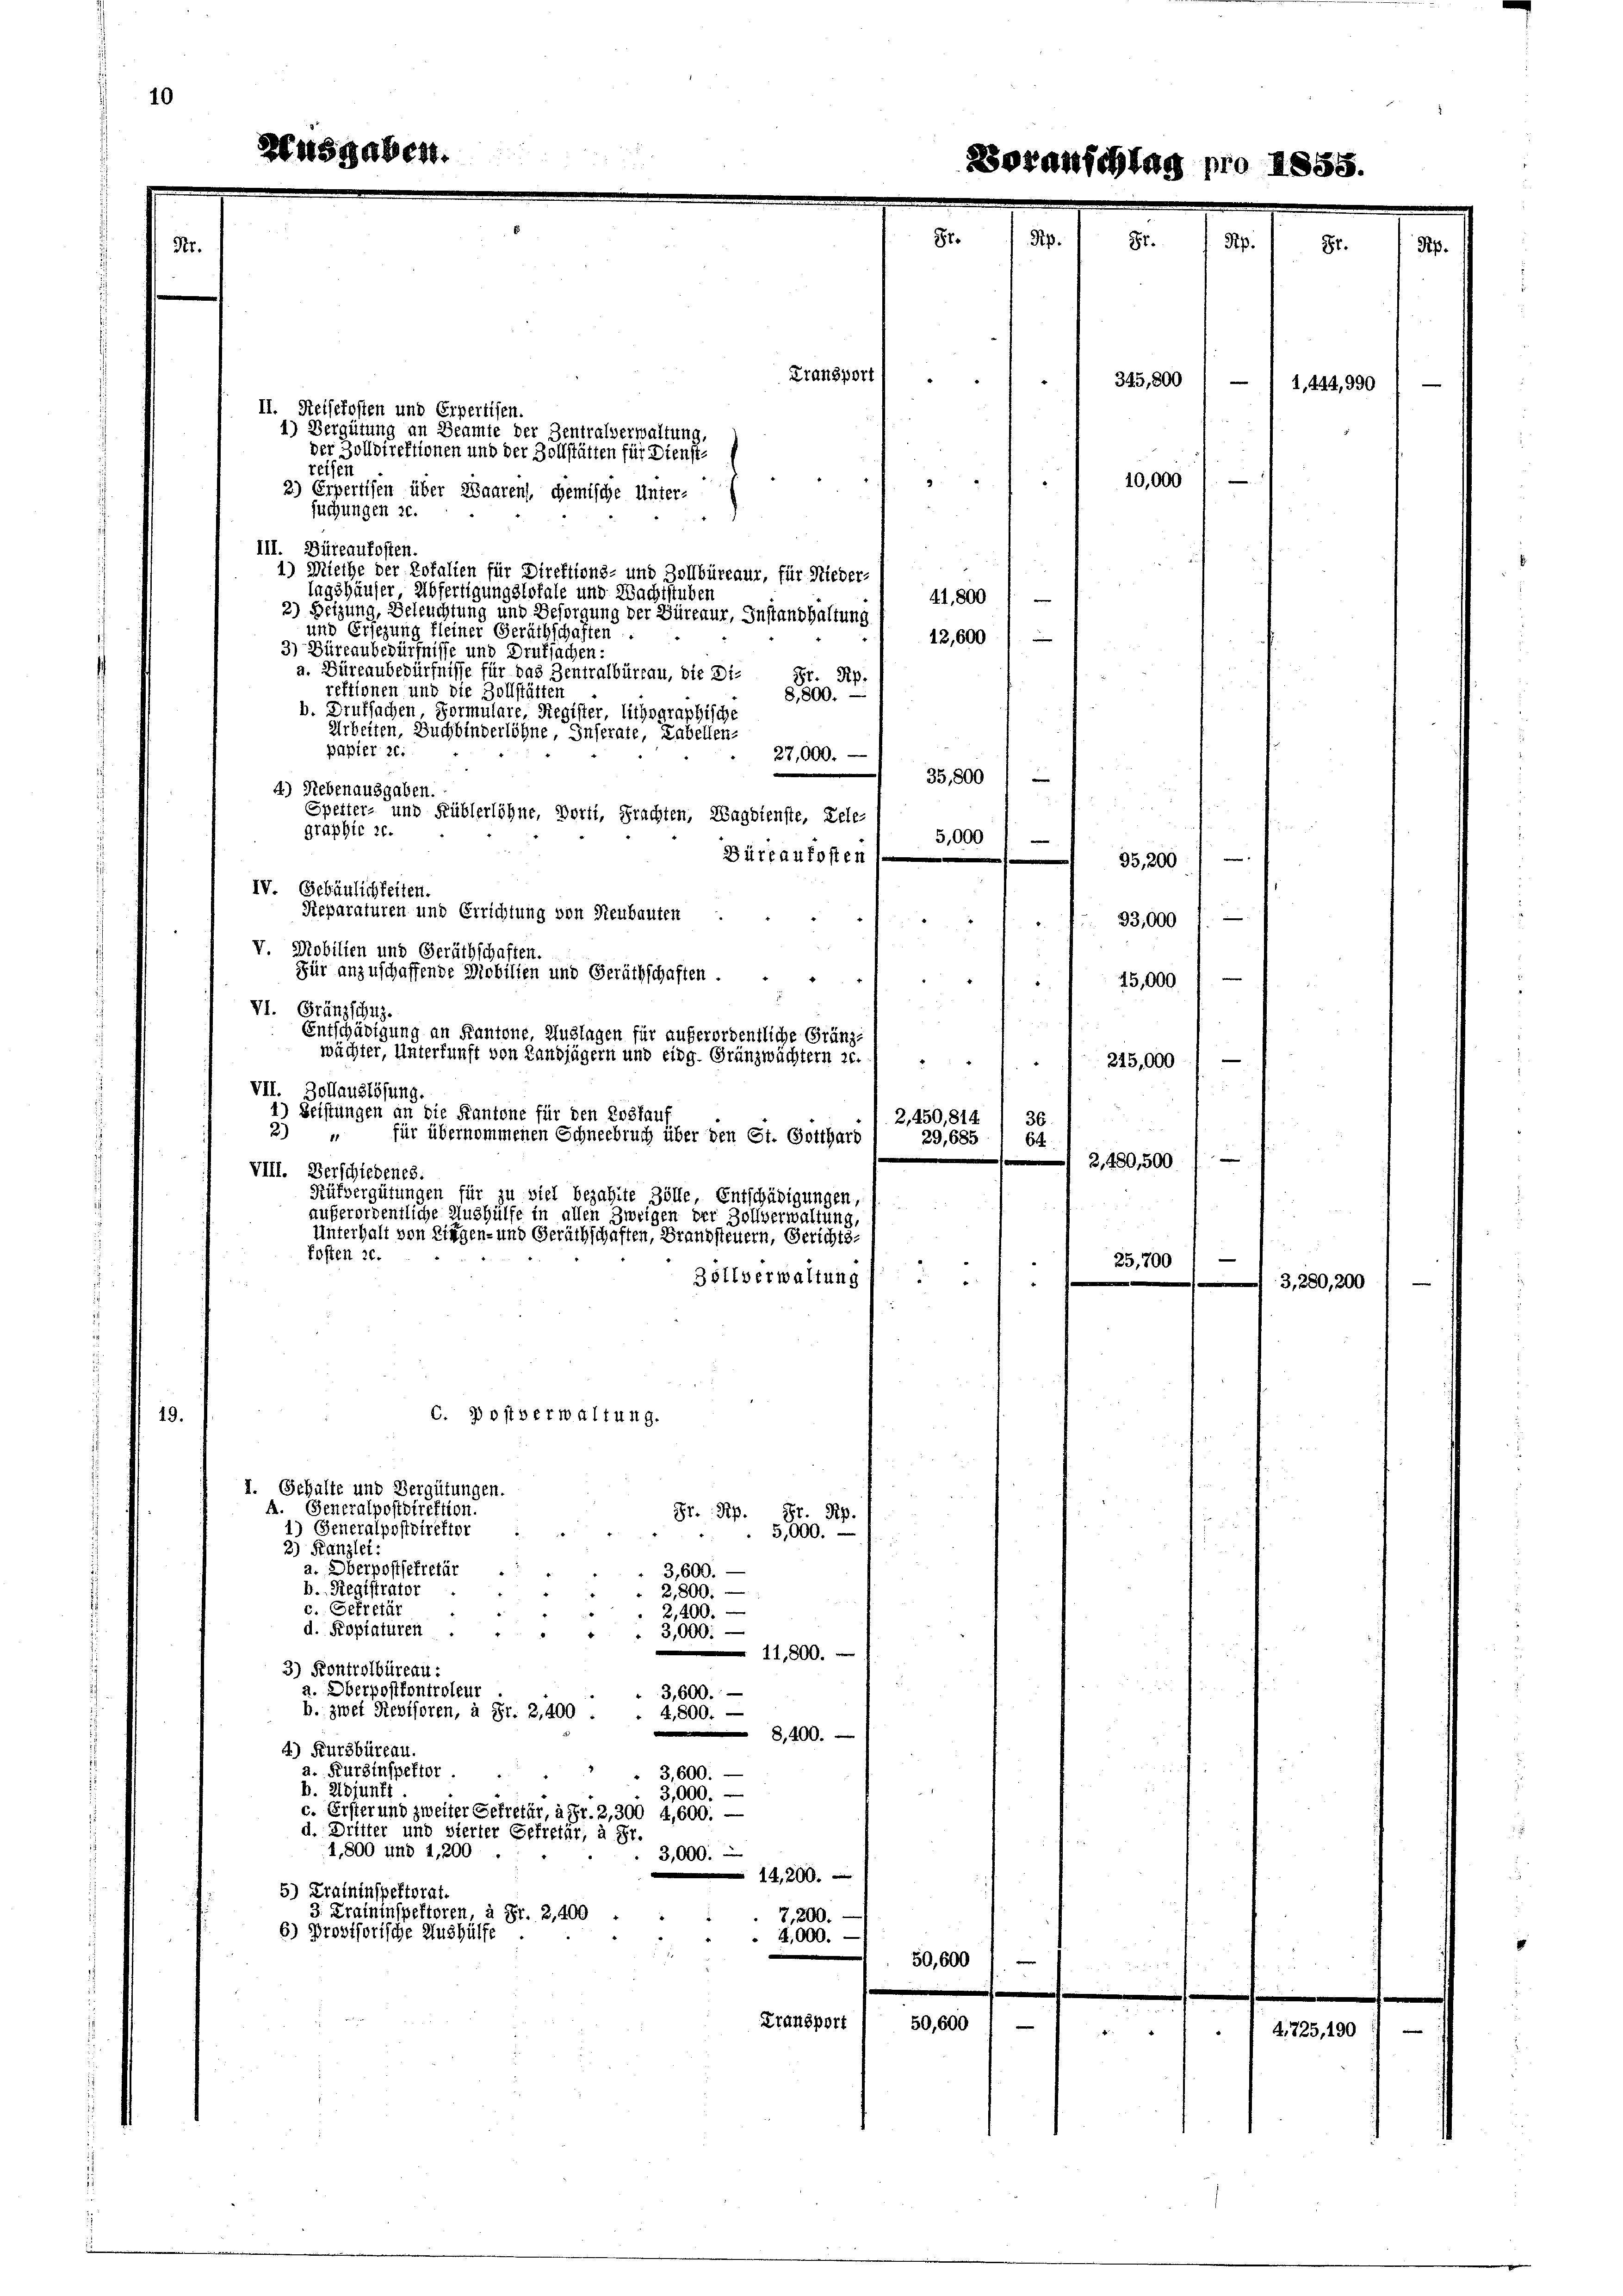
Fransport
345,800
e
II. Reisekosten und Erpertisen.
1) Vergütung an Beamte der Zentralverwaltung,
der Zolldirektionen und der Zollstätten für Dienst-
reisen
10,000
2) Erpertisen über Waarens, chemische Unter-
suchungen 20.
III. Büreaukosten.
1) Miethe der Totalien für Direktions- und Zollbüreaur, für Nieder-
lagshäuser Abfertigungslokale und Nachtstuben
41,800
2) Setzung, Beleuchtung und Besorgung der Büreaur, Instandhaltung
und Ersezung fleiner Geräthschaften
12,600) —
3) Büreaubedürfnisse und Drufsachen:
a. Büreaubedürfnisse für das Zentralbüreau, die Di¬
Fr. Rp.
rektionen und die Zollstätten
8,800.
b. Drufsachen, Formulare, Register, lithographische
Arbeiten, Buchbinderlöhne, Inserate, Labellen-
papier 26.
27,000.
35,800 / —
4) Nebenausgaben.
Spetter- und Füblerlöhne, Dorti, Frachten, Wagbienste, Dele-
graphie 20.
5,000
e
Büreaufosten
35,200
IV. Gebäulichkeiten.
Reparaturen und Errichtung von Neubauten
33,000
V. Mobilien und Geräthschaften.
Für anzuschaffende Mobilien und Geräthschaften.
45,000

VI. Gränzschuz.
Entschädigung an Kantone, Auslagen für außerordentliche Gränzwächter, Unterfunft von Landjägern und eidg. Gränzwächtern ze.
245,000
VII. Zollauslösung
1) Beistungen an die Kantone für den Loskau
2,250,814
36.
2
für übernommenen Schneebruch über den St. Gotthard
29,685. 64
2,480,500
VIII. Verschiedenes.
Rükvergütungen für zu viel bezahlte Zölle, Entschädigungen,
außerordentliche Aushülfe in allen Zweigen der Zollverwaltung,
Unterhalt von Liegen- und Geruchschaften, Brandsteuern, Gerichts-
kosten 26.
e
25,200
Zollverwaltung
C. Postverwaltung
19.
I. Gehalte und Vergütungen.
Generalpostdirektion.
Gr. Rp. St. Rp.
1) Generalpostdirektor
5,000.
2) Kanzlei:
a. Oberpostfefretär
3,600. —
b. Registrator
2,800.
c. Gefretär
2,400.
d. Kopiaturen
3,000.
11,800.
3) Kontrolbüreau.
a. Oberpostkontroleur
3,600.
b. zwei Revisoren, à Fr. 2,400 .
4,800.
 8,400.
4.) Kursbüreau.
a. Kurzinspektor.
3,600. —
b. Adjunkt
3,000.
c. Erster und zweiter Gefretär, à Fr. 2, 300 4,600.
d. Dritter und vierter Getretur, à Fr.
1,800 und 1,200
3,000.
14,200.
5) Traininspektorat.
3. Fraininspektoren, à Fr. 2,400
7,200.
6) Provisorische Aushülfe
2,000.
50,600
e

Transport
50,600
4,725
2

1,444, 990

3, 280, 200